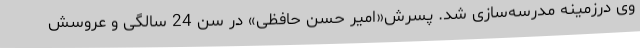
وی درزمینه مدرسه‌سازی شد. پسرش«امیر حسن حافظی» در سن 24 سالگی و عروسش